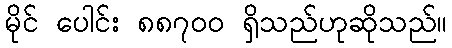
မိုင် ပေါင်း ၈၈၇၀၀ ရှိသည်ဟုဆိုသည်။